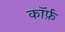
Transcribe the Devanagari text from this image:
कॉर्फ़